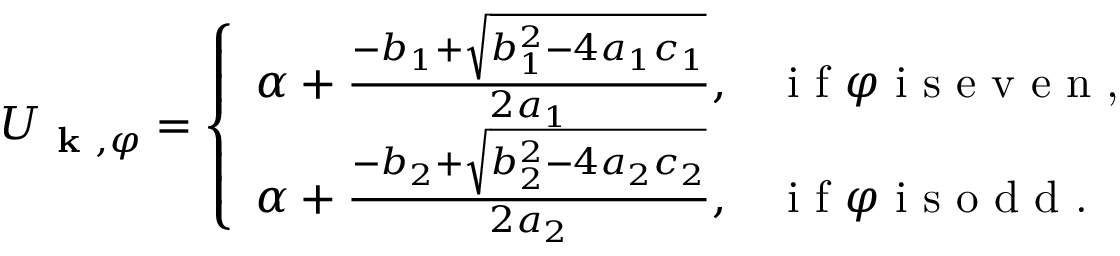
\begin{array} { r } { U _ { \textbf { k } , \varphi } = \left\{ \begin{array} { l l } { \alpha + \frac { - b _ { 1 } + \sqrt { b _ { 1 } ^ { 2 } - 4 a _ { 1 } c _ { 1 } } } { 2 a _ { 1 } } , } & { \textup { i f } \varphi \textup { i s e v e n , } } \\ { \alpha + \frac { - b _ { 2 } + \sqrt { b _ { 2 } ^ { 2 } - 4 a _ { 2 } c _ { 2 } } } { 2 a _ { 2 } } , } & { \textup { i f } \varphi \textup { i s o d d . } } \end{array} \right. } \end{array}